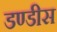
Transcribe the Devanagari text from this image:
डण्डीस